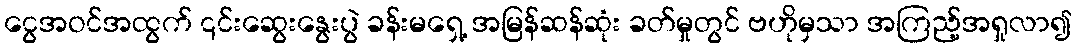
ငွေအဝင်အထွက် ၎င်းဆွေးနွေးပွဲ ခန်းမရှေ့ အမြန်ဆန်ဆုံး ခတ်မှုတွင် ဗဟိုမှသာ အကြည့်အရှုလာ၍